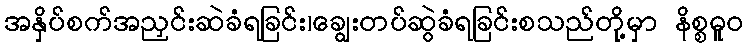
အနှိပ်စက်အညှင်းဆဲခံရခြင်း၊ချွေးတပ်ဆွဲခံရခြင်းစသည်တို့မှာ နိစ္စဓူဝ